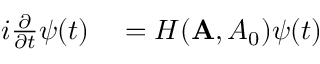
\begin{array} { r l } { i \frac { \partial } { \partial t } \psi ( t ) } & { { } = H ( { \bf A } , { A _ { 0 } } ) \psi ( t ) } \end{array}